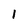
Character: 1